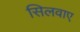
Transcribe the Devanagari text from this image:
सिलवाए